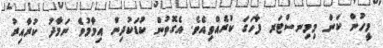
މީހުން ކަން މިމިނސްޓަރ ފާހަގަ ކުރެއްވިއެވެ. އެގޮތުން ކުޑަކުދިން އިމާމުވެ ނަމާދު ކުރާއިރު